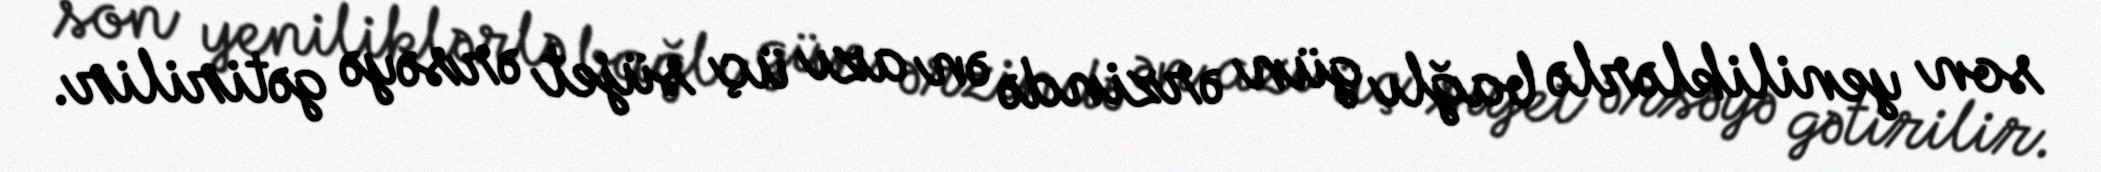
son yeniliklərlə bağlı gün ərzində ən azı üç süjet ərsəyə gətirilir.